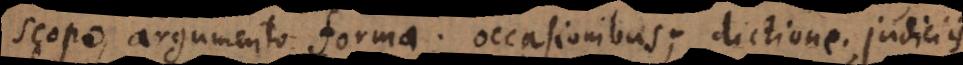
scopo, argumento, forma; occasionibus; dictione; judiciis